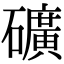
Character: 礦